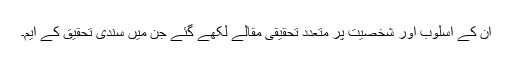
ان کے اسلوب اور شخصیت پر متعدد تحقیقی مقالے لکھے گئے جن میں سندی تحقیق کے ایم۔